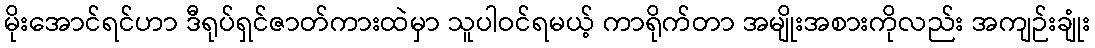
မိုးအောင်ရင်ဟာ ဒီရုပ်ရှင်ဇာတ်ကားထဲမှာ သူပါဝင်ရမယ့် ကာရိုက်တာ အမျိုးအစားကိုလည်း အကျဉ်းချုံး